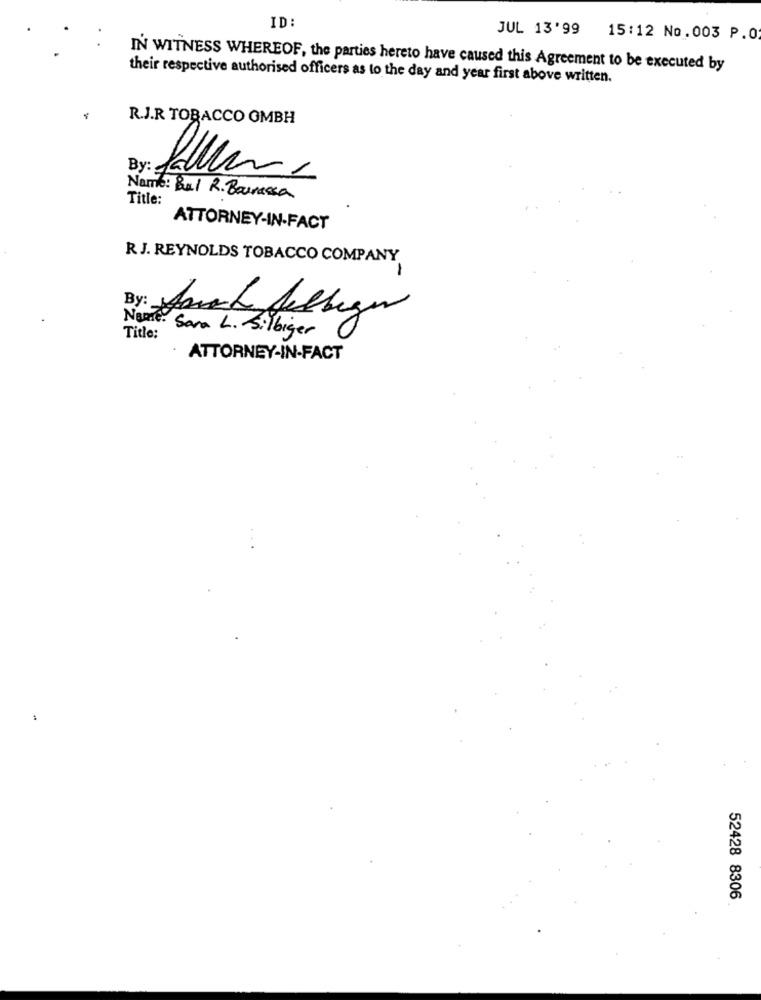
ID:
JUL 13'99
15:12 No.003 P.O
IN WITNESS WHEREOF, the parties hereto have caused this Agreement to be executed by
their respective authorised officers as to the day and year first above written.
R.J.R TOBACCO OMBH
By: Jal
Title:
Name: Bul R. Bourassa
ATTORNEY-IN-FACT
R.J. REYNOLDS TOBACCO COMPANY
-
Neue. Sara L. Silbiger
Title:
ATTORNEY-IN-FACT
52428 8306